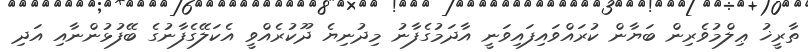
ތާރީޚު ޢިލްމުވެރިން ބަޔާން ކުރައްވައިފައިވަނީ އާދަމުގެފާނު މިދުނިޔެ ދޫކުރެއްވީ އެކަލޭގެފާނުގެ ބޭފުޅުންނާއި އަދި